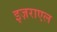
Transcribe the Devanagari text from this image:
इज़राएल